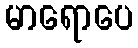
မာရောပေ